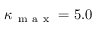
\kappa _ { \mathrm { ~ m ~ a ~ x ~ } } = 5 . 0